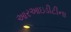
આરઆઇડીટીના